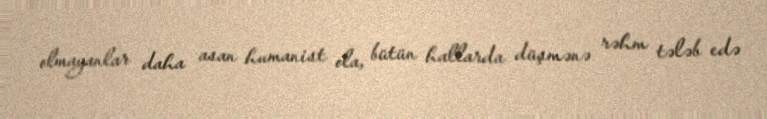
olmayanlar daha asan humanist ola, bütün hallarda düşmənə rəhm tələb edə